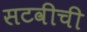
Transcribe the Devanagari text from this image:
सटवीची